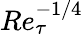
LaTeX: Re_{\tau}^{-1/4}